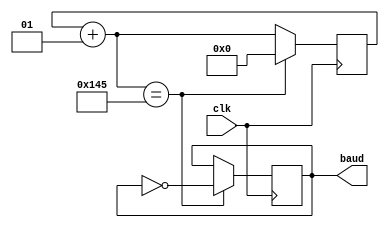
`timescale 1ns / 1ps
//////////////////////////////////////////////////////////////////////////////////
// Company: 
// Engineer: 
// 
// Design Name: 
// Module Name: baudrate_gen
// Project Name: 
// Target Devices: 
// Tool Versions: 
// Description: 
// 
// Dependencies: 
// 
// Revision:
// Revision 0.01 - File Created
// Additional Comments:
// 
//////////////////////////////////////////////////////////////////////////////////


module baudrate_gen(
    input clk,
    output reg baud
    );
    
    integer counter;
    always @(posedge clk) begin
        counter = counter + 1;
        if (counter == 325) begin counter = 0; baud = ~baud; end 
    end
    
endmodule